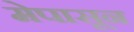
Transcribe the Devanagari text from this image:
मेपासून